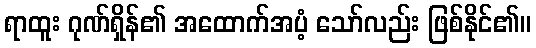
ရာထူး ဂုဏ်ရှိန်၏ အထောက်အပံ့ သော်လည်း ဖြစ်နိုင်၏။